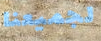
لجميعنا